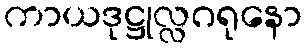
ကာယဒုဋ္ဌုလ္လဂရုနော